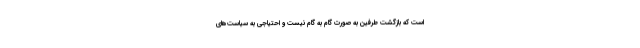
است که بازگشت طرفین به صورت گام به گام نیست و احتیاجی به سیاست‌های